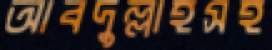
আবদুল্লাহসহ